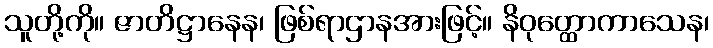
သူတို့ကို။ ဇာတိဋ္ဌာနေန၊ ဖြစ်ရာဌာနအားဖြင့်။ နိဝုတ္ထောကာသေန၊